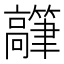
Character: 𬴟